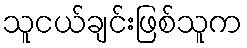
သူငယ်ချင်းဖြစ်သူက